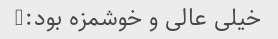
خیلی عالی و خوشمزه بود:)